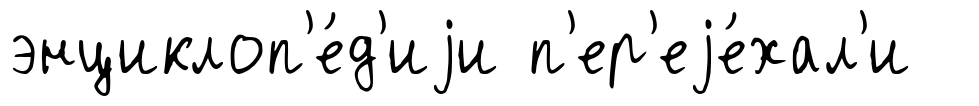
энциклоп'е́д'иjи п'ер'еjе́хал'и